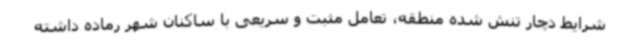
شرایط دچار تنش شده منطقه، تعامل مثبت و سریعی با ساکنان شهر رماده داشته